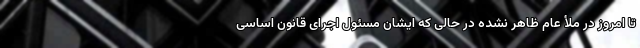
تا امروز در ملأ عام ظاهر نشده در حالی که ایشان مسئول اجرای قانون اساسی